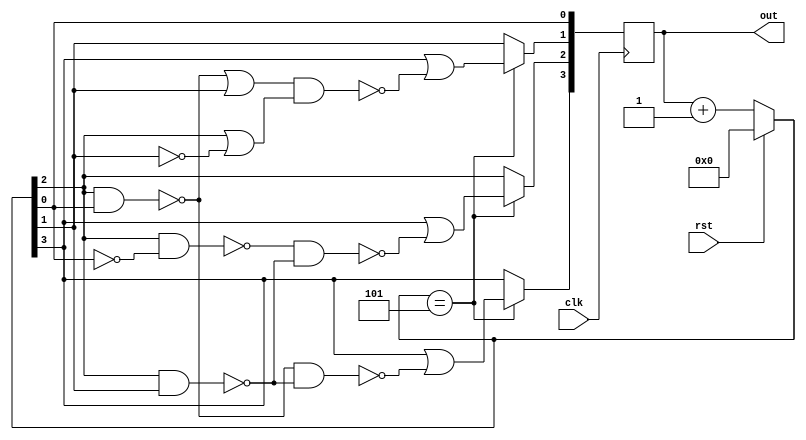
`timescale 1ns / 1ps

module inv(clk,rst,out);
   input clk, rst;
    output [3:0] out;
    reg [3:0] out,tmp;
    
always @(posedge clk) begin
    if(rst==1'b1) out=4'b0000;
    else out=out+4'b0001;
    
    if(out==4'b0101) begin
    tmp[3]=out[3];
    tmp[2]=out[2];
    tmp[1]=out[1];
    tmp[0]=out[0];
    out[3]<=tmp[3]|~(~(tmp[2]&tmp[0])&~(tmp[2]&tmp[1]));
    out[2]<=tmp[3]|~(~(tmp[2]&~tmp[0])&~(tmp[2]&tmp[1]));
    out[1]<=tmp[3]|~(~(~(~(tmp[2]&tmp[0])|tmp[1]))&~(~(tmp[2]|~tmp[1])));
    out[0]<=tmp[0];
    
    end
end
endmodule